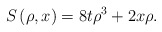
\begin{align*}S\left( \rho,x\right) =8t\rho^{3}+2x\rho. \end{align*}